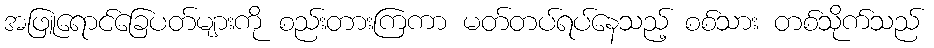
အဖြူရောင်ခြေပတ်များကို စည်းတားကြကာ မတ်တပ်ရပ်နေသည့် စစ်သား တစ်သိုက်သည်